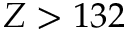
Z > 1 3 2